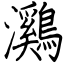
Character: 鸂